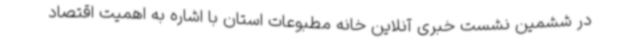
در ششمین نشست خبری آنلاین خانه مطبوعات استان با اشاره به اهمیت اقتصاد